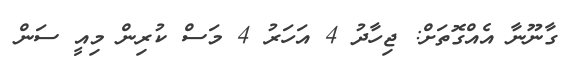
ގާނޫނާ އެއްގޮތަށް: ޖިހާދު 4 އަހަރު 4 މަސް ކުރިން މިއީ ސަން